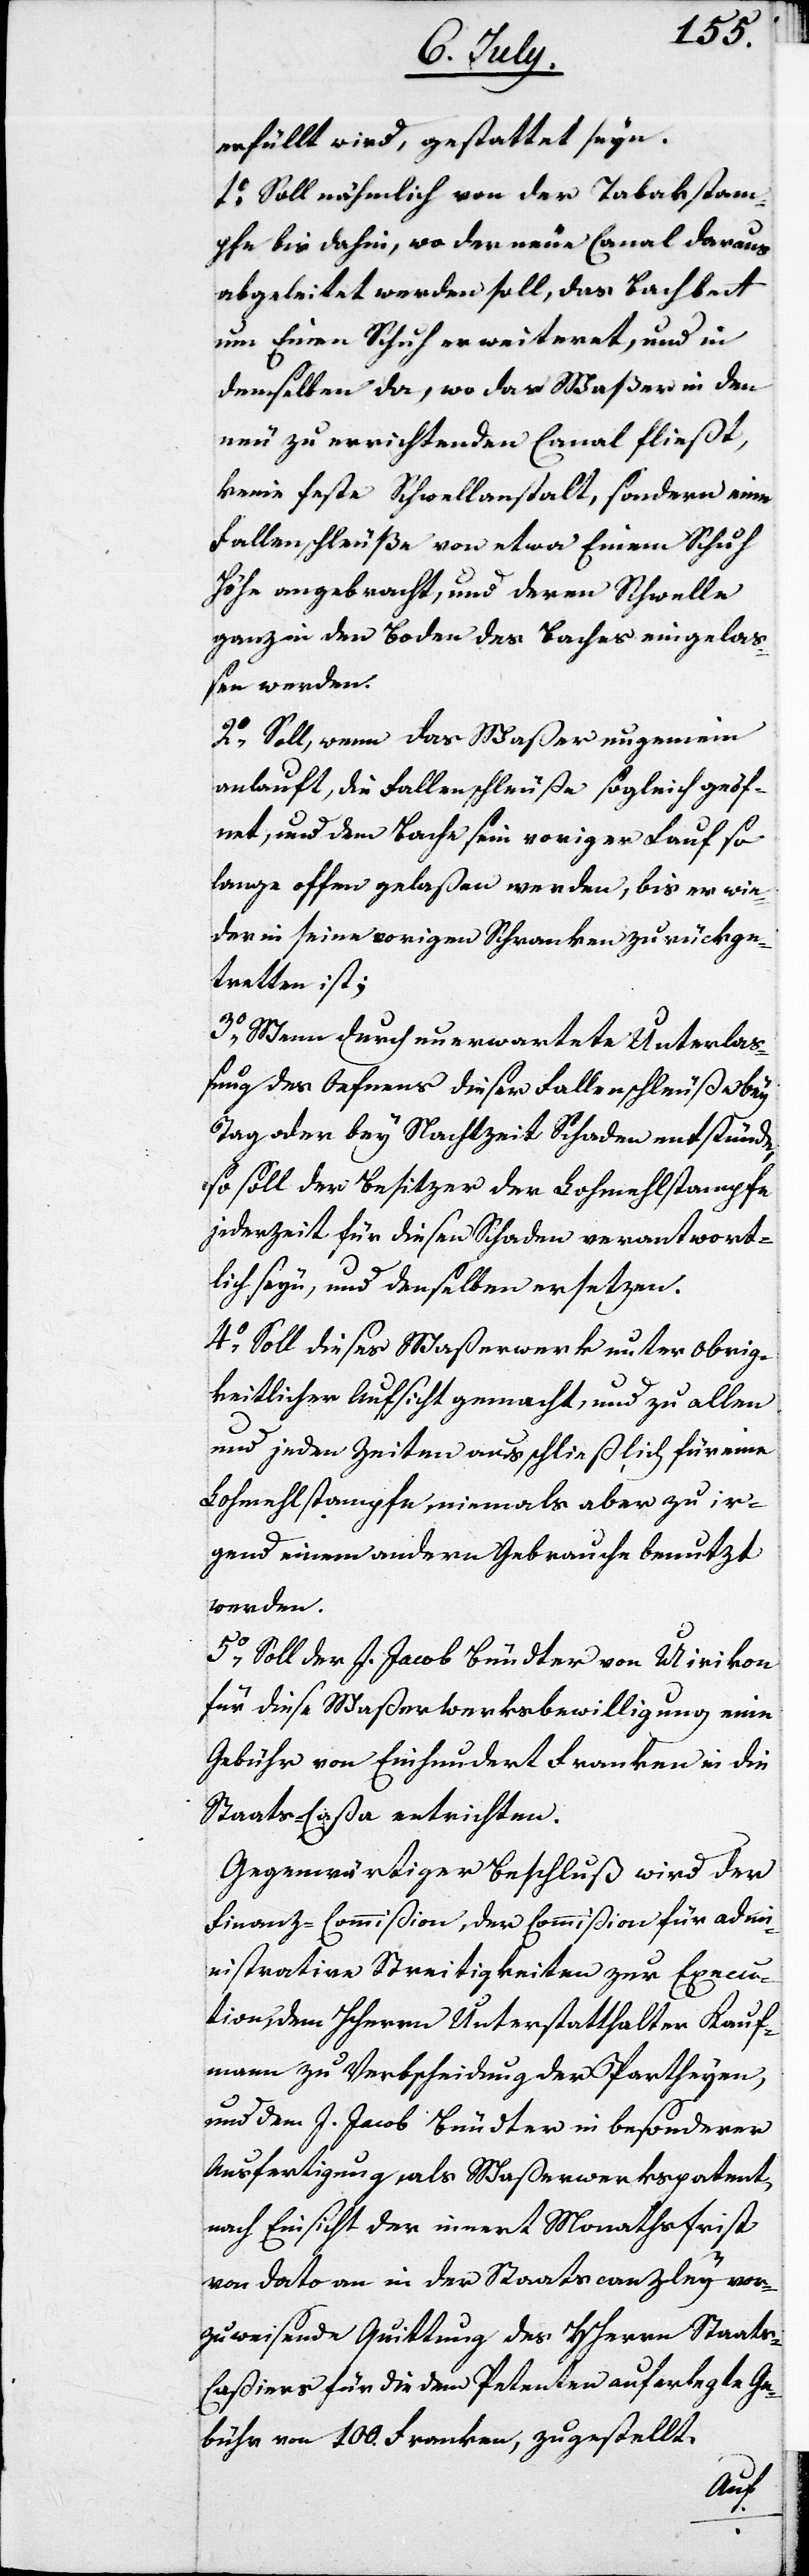
erfüllt wird, gestattet seyn.
1. Soll nämlich von der Tabakstam¬
pfe bis dahin, wo der neue Canal daraus
abgeleitet werden soll, das Bachbett
um Einen Schuh erweiteret, und in
demselben da, wo das Waßer in den
neu zu errichtenden Canal fließt,
keine feste Schwellanstalt, sondern eine
Fallenschleuße von etwa Einem Schuh
Höhe angebracht, und deren Schwelle
ganz in den Boden des Baches eingela¬
ßen werden.
2. Soll, wenn das Waßer ungemein
anlauft, die Fallenschleuse sogleich geöf¬
net, und dem Bache sein voriger Lauf so
lange offen gelaßen werden, bis er wie¬
der in seine vorigen Schranken zurückge¬
tretten ist;
3. Wenn durch unerwartete Unterlaß¬
ung des Öfnens dieser Fallenschleuße bey
Tag oder bey Nachtzeit Schaden entstünde,
so soll der Besitzer der Lohmehlstampfe
jederzeit für diesen Schaden verantwort¬
lich seyn, und denselben ersetzen.
4. Soll dieses Waßerwerk unter obrig¬
keitlicher Aufsicht gemacht, und zu allen
und jeden Zeiten ausschließlich für eine
Lohmehlstampfe, niemals aber zu ir¬
gend einem andern Gebrauche benutzt
werden.
5. Soll der J. Jacob Bündter von Uirikon
für diese Waßerwerksbewilligung eine
Gebühr von Einhundert Franken in die
Staats-Caßa entrichten.
Gegenwärtiger Beschluß wird der
Finanz-Commißion, der Commißion für admi¬
nistrative Streitigkeiten zur Execu¬
tion, dem HHerrn Unterstatthalter Kauf¬
mann zu Verbscheidung der Partheyen,
und dem J. Jacob Bündter in besonderer
Ausfertigung, als Waßerwerkspatent,
nach Einsicht der innert Monatsfrist
von Dato an in der Staatscanzley vor¬
zuweisende Quittung des HHerrn Staat-C¬
aßiers für die dem Petenten auferlegte Ge¬
bühr von 100. Franken, zugestellt.